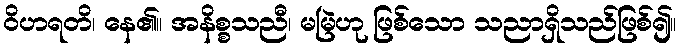
ဝိဟရတိ၊ နေ၏။ အနိစ္စသညီ၊ မမြဲဟု ဖြစ်သော သညာရှိသည်ဖြစ်၍။